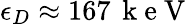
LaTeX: \epsilon_{D}\approx 167\, \mathrm{~k~e~V~}